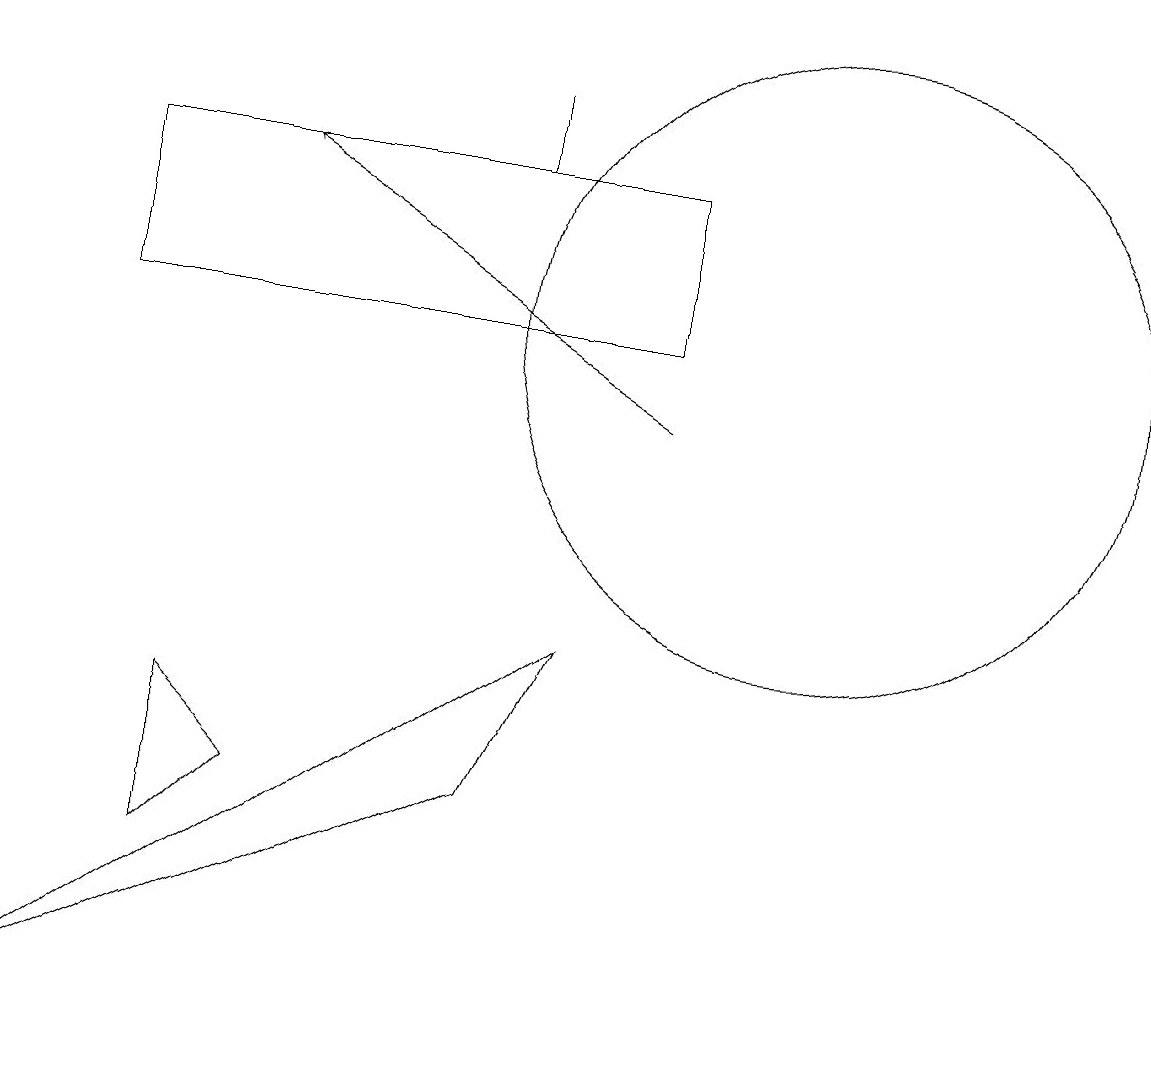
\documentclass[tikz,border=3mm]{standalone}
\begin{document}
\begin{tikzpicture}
\draw (11,11) circle (4);
\draw (7,13) rectangle (7,14);
\draw (2,13) rectangle (9,11);
\draw (4,5) -- (3,4) -- (3,6) -- cycle;
\draw (7,5) -- (1,2) -- (8,7) -- cycle;
\draw[->] (9,10) -- (4,13);
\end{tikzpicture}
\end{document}